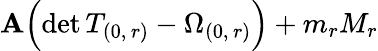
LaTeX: \mathbf{A}\Bigl(\mathrm{{det}}\, T_{(0,\, r)}-\Omega_{(0,\, r)}\Bigr)+m_{r}M_{r}